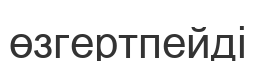
өзгертпейді